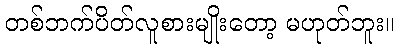
တစ်ဘက်ပိတ်လူစားမျိုးတော့ မဟုတ်ဘူး။